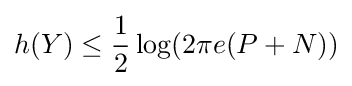
h(Y)\leq {\frac {1}{2}}\log(2\pi e(P+N))\,\!